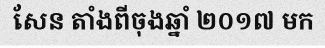
សែន តាំងពីចុងឆ្នាំ ២០១៧ មក